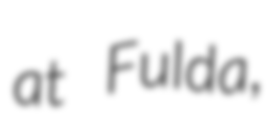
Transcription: at Fulda,